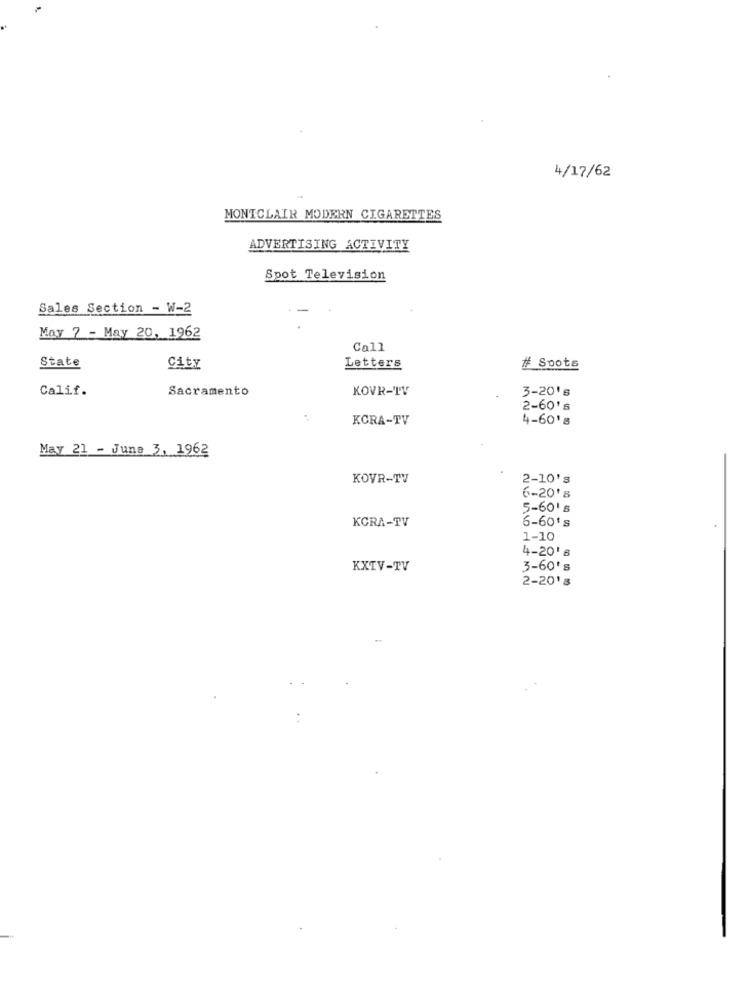
4/17/62
MONTCLAIR MODERN CIGARETTES
ADVERTISING ACTIVITY
Spot Television
Sales Section - W-2
May 7 - May 20, 1962
Call
State
City
Letters
# Spots
Calif.
Sacramento
KOVR-TV
3-20's
2-60's
KCRA-TV
4-60's
May 21 - June 3. 1962
KOVR-TV
2-10's
6-20's
5-60's
6-60's
KCRA-TV
1-10
4-20's
KXTV-TV
3-60's
2-20's